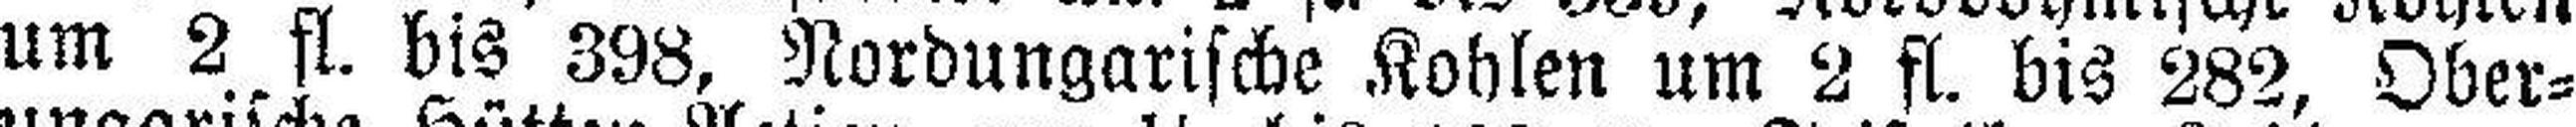
um 2 fl. bis 398, Nordungarische Kohlen um 2 fl. bis 282, Ober¬